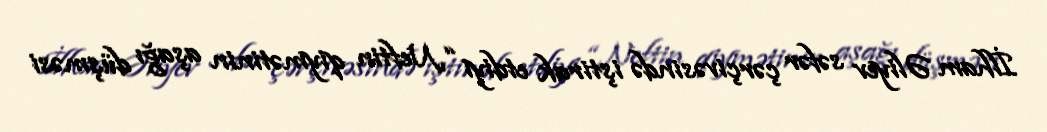
İlham Əliyev səfər çərçivəsində iştirak etdiyi “Neftin qiymətinin aşağı düşməsi